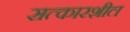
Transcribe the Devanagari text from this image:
सत्कारशील